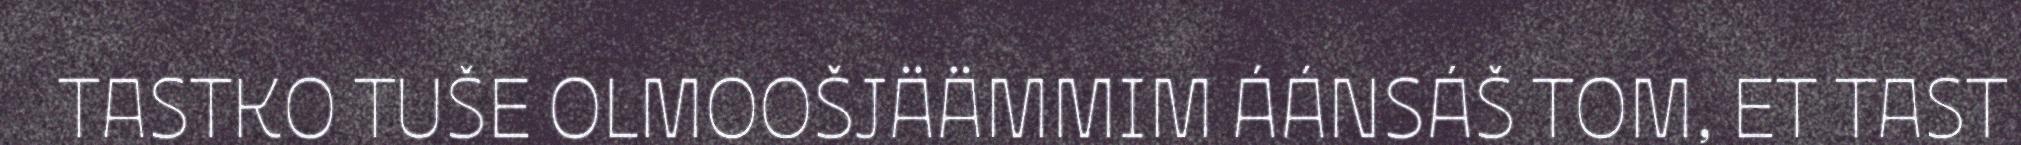
TASTKO TUŠE OLMOOŠJÄÄMMIM ÁÁNSÁŠ TOM, ET TAST